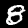
Digit: 8